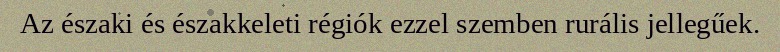
Az északi és északkeleti régiók ezzel szemben rurális jellegűek.